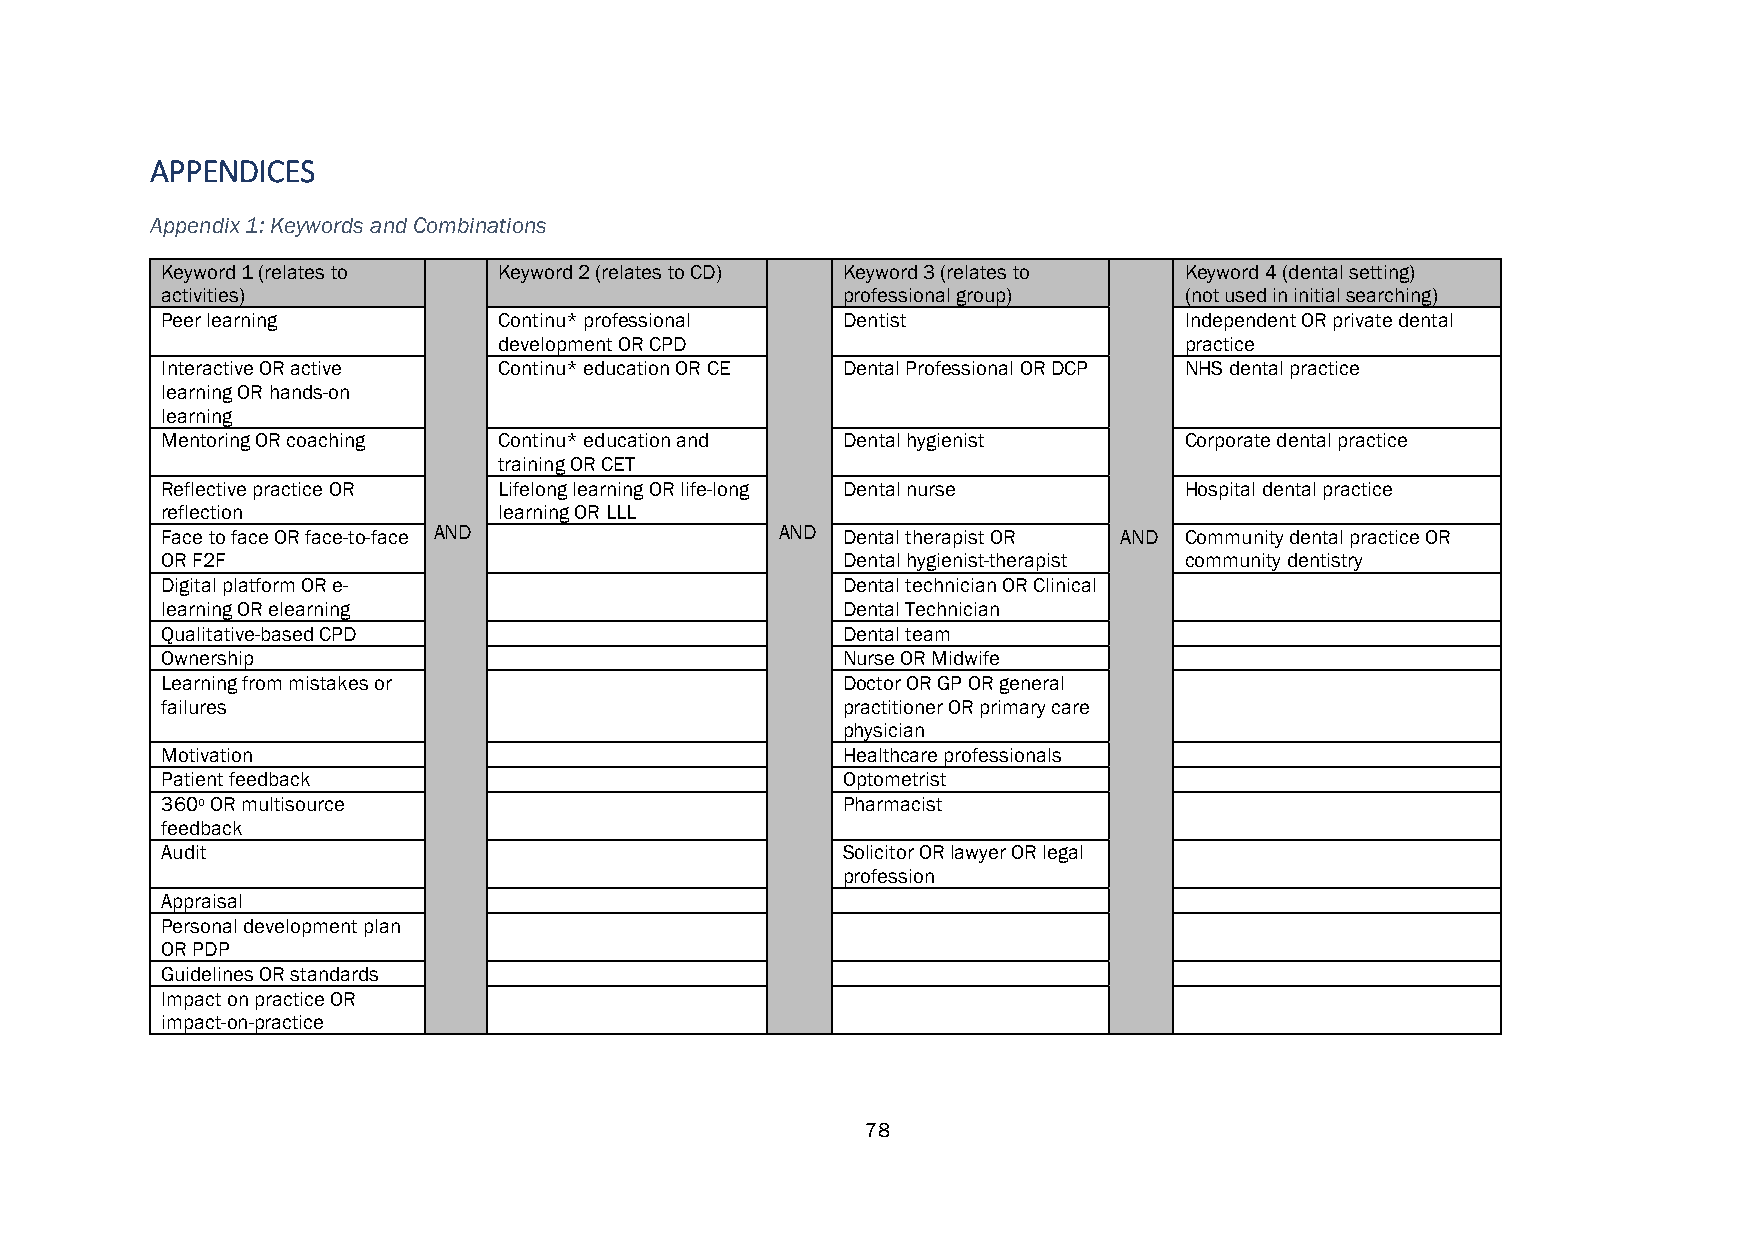
APPENDICES
 Appendix 1: Keywords and Combinations
 Keyword 1 (relates to Keyword 2 (relates to CD) Keyword 3 (relates to Keyword 4 (dental setting)
 activities)                                  professional group)   (not used in initial searching)
 Peer learning         Continu* professional  Dentist               Independent OR private dental
 development OR CPD                           practice
 Interactive OR active Continu* education OR CE Dental Professional OR DCP NHS dental practice
 learning OR hands-on
 learning
 Mentoring OR coaching Continu* education and Dental hygienist      Corporate dental practice
 training OR CET
 Reflective practice OR Lifelong learning OR life-long Dental nurse Hospital dental practice
 reflection            learning OR LLL
 Face to face OR face-to-face AND         AND Dental therapist OR AND Community dental practice OR
 OR F2F                                       Dental hygienist-therapist community dentistry
 Digital platform OR e-                       Dental technician OR Clinical
 learning OR elearning                        Dental Technician
 Qualitative-based CPD                        Dental team
 Ownership                                    Nurse OR Midwife
 Learning from mistakes or                    Doctor OR GP OR general
 failures                                     practitioner OR primary care
 physician
 Motivation                                   Healthcare professionals
 Patient feedback                             Optometrist
 360o OR multisource                          Pharmacist
 feedback
 Audit                                        Solicitor OR lawyer OR legal
 profession
 Appraisal
 Personal development plan
 OR PDP
 Guidelines OR standards
 Impact on practice OR
 impact-on-practice
 78